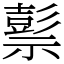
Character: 𥛱